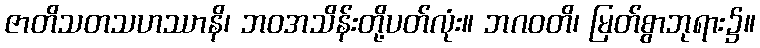
ဇာတိသတသဟဿာနိ၊ ဘဝအသိန်းတို့ပတ်လုံး။ ဘဂဝတိ၊ မြတ်စွာဘုရား၌။